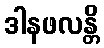
ဒါနဖလန္တိ